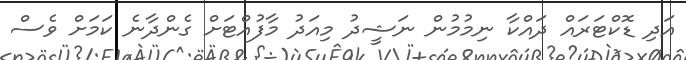
އަދި ޑޮކްޓަރައް ދައްކާ ނިމުމުން ނަޝީދު މިއަދު މާފުއްޓަށް ގެންދާނެ ކަމަށް ވެސް